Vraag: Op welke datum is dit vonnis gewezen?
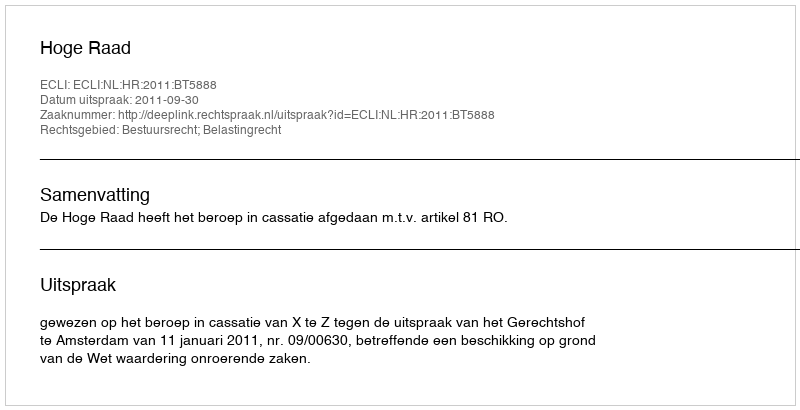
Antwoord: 2011-09-30